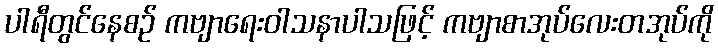
ပါရီတွင်နေစဉ် ကဗျာရေးဝါသနာပါသဖြင့် ကဗျာစာအုပ်လေးတအုပ်ကို